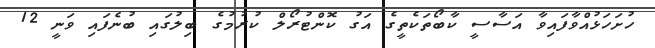
ހުށަހަޅުއްވާފައިވާ އަސާސީ ކާބޯތަކެތީގެ އަގު ކޮންޓުރޯލް ކުރުމުގެ ބިލުގައި ބުނެފައި ވަނީ 12